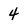
Character: 4